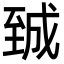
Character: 臹